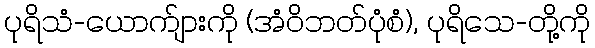
ပုရိသံ-ယောက်ျားကို (အံဝိဘတ်ပုံစံ), ပုရိသေ-တို့ကို